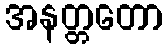
အနတ္တတော